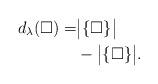
LaTeX: \begin{align*} d_\lambda(\square)=& \big|\{\square\}\big| \\ & -\big|\{\square\}\big|.\end{align*}